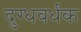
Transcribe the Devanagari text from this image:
दुग्धवर्धक